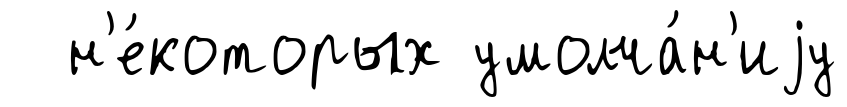
н'е́которых умолча́н'иjу